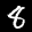
Label: 8